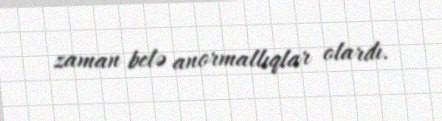
zaman belə anormallıqlar olardı.